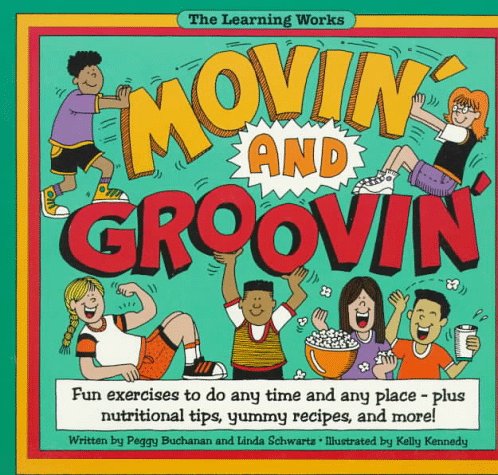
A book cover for Movin' and Groovin': Fun Exercises to Do Any Time and Any Place-Plus Nutrition Tips, Yummy Recipes, and More! (The Learning Works); Peggy Buchanan; Teen & Young Adult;